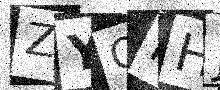
Text: ZYOHHJ